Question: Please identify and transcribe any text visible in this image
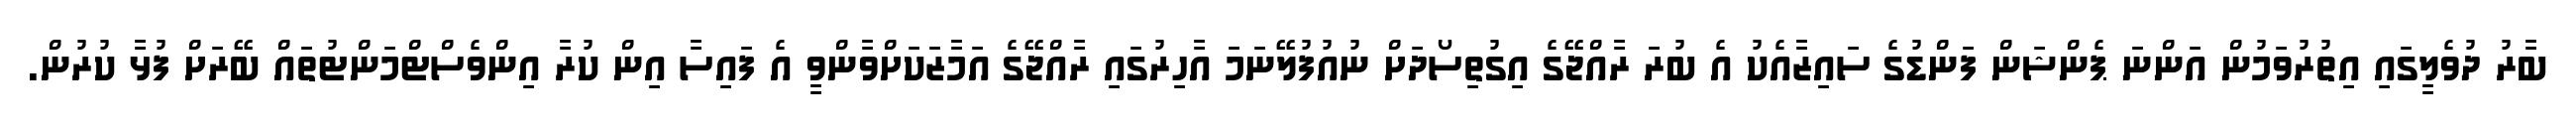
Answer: ބާރު ދުވެލީގައި އިތުރުވަމުން އަންނަ ޕެންޝަން ފަންޑުގެ ސައިޒާއެކު އެ ބުރަ ރާއްޖޭގެ އިގުތިސޯދަށް ނުއުފުލޭނަމަ އާހިރުގައި ރާއްޖޭގެ އަމާޒަކަށްވާންވީ އެ ފައިސާ އިން ކުރާ އިންވެސްޓްމަންޓުތައް ބޭރަށް ފުޅާ ކުރުން.